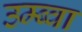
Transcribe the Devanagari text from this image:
उम्ब्वा